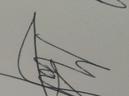
Signature authenticity: genuine